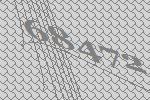
68472